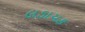
લડાયક